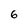
Character: 6